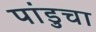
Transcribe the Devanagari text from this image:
पांडुचा